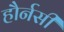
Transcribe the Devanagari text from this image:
हौर्नसी